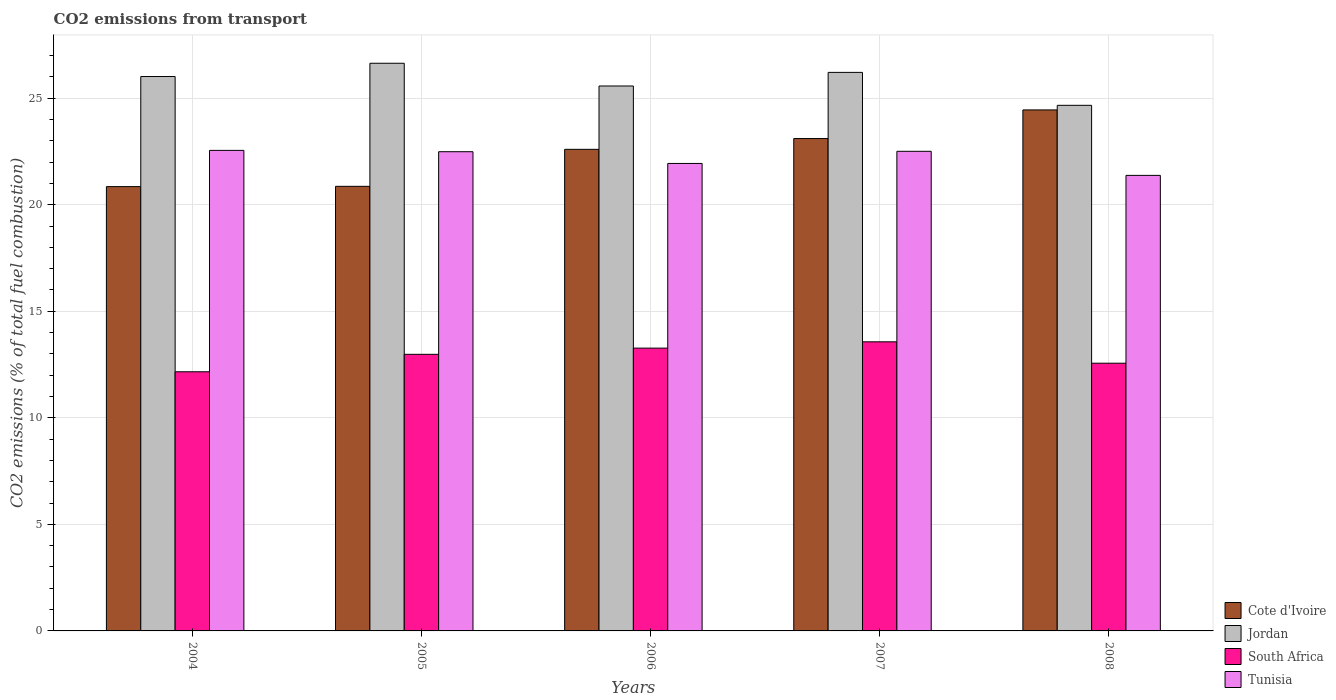
| Years | Cote d'Ivoire | Jordan | South Africa | Tunisia |
 | --- | --- | --- | --- | --- |
 | 2004 | 20.8 | 26 | 12.2 | 22.5 |
 | 2005 | 20.9 | 26.6 | 13 | 22.5 |
 | 2006 | 22.6 | 25.6 | 13.3 | 21.9 |
 | 2007 | 23.1 | 26.2 | 13.6 | 22.5 |
 | 2008 | 24.4 | 24.7 | 12.6 | 21.4 |